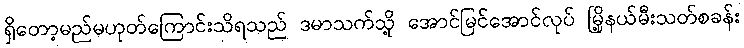
ရှိတော့မည်မဟုတ်ကြောင်းသိရသည် ဒမာသက်သို့ အောင်မြင်အောင်လုပ် မြို့နယ်မီးသတ်စခန်း